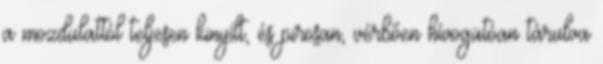
a mozdulattól teljesen kinyílt, és pirosan, vérbően hívogatóan tárulva